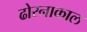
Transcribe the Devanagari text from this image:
ढोरनाकाल